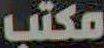
مكتب